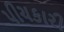
પીચકારી